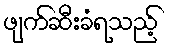
ဖျက်ဆီးခံရသည့်